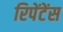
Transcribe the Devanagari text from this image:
रिपेंटेंस